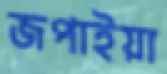
জপাইয়া